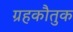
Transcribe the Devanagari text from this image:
ग्रहकौतुक